Indian journal of veterinary science and animal husbandry - Volumes 22-23, 1952-1953
Year: 1952
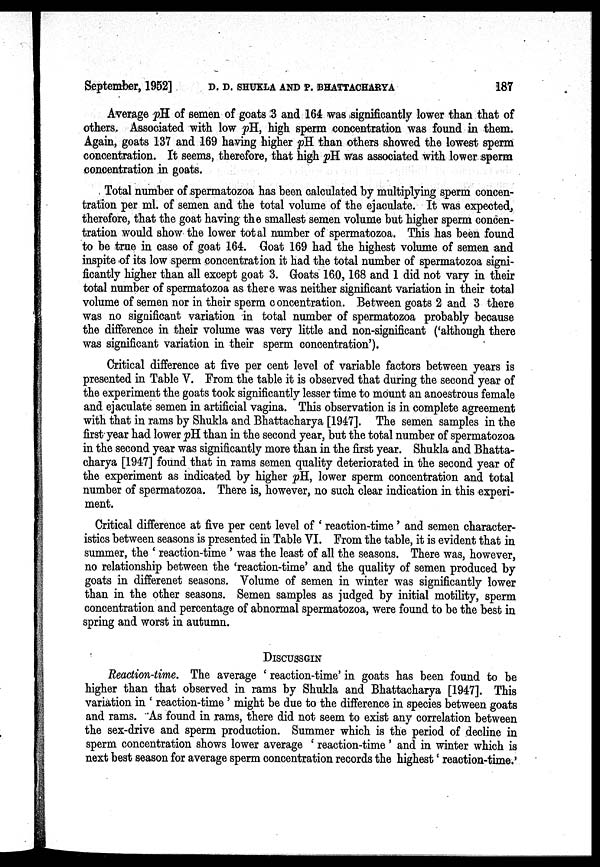
September, 1952] D. D. SHUKLA AND P. BHATTACHARYA 187
Average pH of semen of goats 3 and 164 was significantly lower than that of
others. Associated with low pH, high sperm concentration was found in them.
Again, goats 137 and 169 having higher pH than others showed the lowest sperm
concentration. It seems, therefore, that high pH was associated with lower sperm
concentration in goats.
Total number of spermatozoa has been calculated by multiplying sperm concen-
tration per ml. of semen and the total volume of the ejaculate. It was expected,
therefore, that the goat having the smallest semen volume but higher sperm concen-
tration would show the lower total number of spermatozoa. This has been found
to be true in case of goat 164. Goat 169 had the highest volume of semen and
inspite of its low sperm concentration it had the total number of spermatozoa signi-
ficantly higher than all except goat 3. Goats 160, 168 and 1 did not vary in their
total number of spermatozoa as there was neither significant variation in their total
volume of semen nor in their sperm concentration. Between goats 2 and 3 there
was no significant variation in total number of spermatozoa probably because
the difference in their volume was very little and non-significant ('although there
was significant variation in their sperm concentration').
Critical difference at five per cent level of variable factors between years is
presented in Table V. From the table it is observed that during the second year of
the experiment the goats took significantly lesser time to mount an anoestrous female
and ejaculate semen in artificial vagina. This observation is in complete agreement
with that in rams by Shukla and Bhattacharya [1947]. The semen samples in the
first year had lower pH than in the second year, but the total number of spermatozoa
in the second year was significantly more than in the first year. Shukla and Bhatta-
charya [1947] found that in rams semen quality deteriorated in the second year of
the experiment as indicated by higher pH, lower sperm concentration and total
number of spermatozoa. There is, however, no such clear indication in this experi-
ment.
Critical difference at five per cent level of 'reaction-time' and semen character-
istics between seasons is presented in Table VI. From the table, it is evident that in
summer, the 'reaction-time' was the least of all the seasons. There was, however,
no relationship between the 'reaction-time' and the quality of semen produced by
goats in differenet seasons. Volume of semen in winter was significantly lower
than in the other seasons. Semen samples as judged by initial motility, sperm
concentration and percentage of abnormal spermatozoa, were found to be the best in
spring and worst in autumn.
DISCUSSGIN
Reaction-time. The average 'reaction-time' in goats has been found to be
higher than that observed in rams by Shukla and Bhattacharya [1947]. This
variation in 'reaction-time' might be due to the difference in species between goats
and rams. As found in rams, there did not seem to exist any correlation between
the sex-drive and sperm production. Summer which is the period of decline in
sperm concentration shows lower average 'reaction-time' and in winter which is
next best season for average sperm concentration records the highest 'reaction-time.'